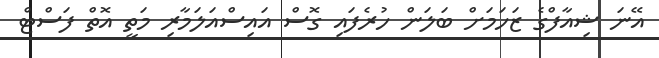
އޭނަ ޝިއާފްގެ ޒަހަމަށް ބަލަން ހުރެފައި ގޮސް އައިސްއަލަމާރި މަތީ އޮތް ފަސްޓް